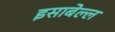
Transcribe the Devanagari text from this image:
इसाबेल्ल